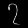
Digit: ၇